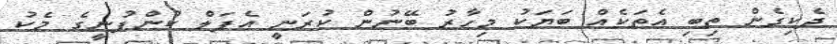
ދެކިގެން ތިބި އެތަކެއް ބަޔަކު މިހާރު ބޭނުން ކުރަނީ އެޕަލް ކުންފުނީގެ މެކު